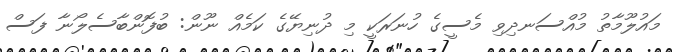
މައުލޫމާތު މުއްސަނދިވި މެސީގެ ހުނަރަކީ މި ދުނިޔޭގެ ކަމެއް ނޫން: ބުފޮންބާސެލޯނާ ފަސް